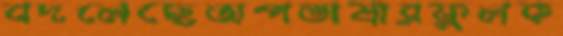
বদলেছেঅপভাষারফুলক